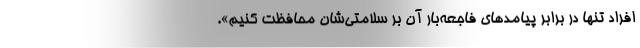
افراد تنها در برابر پیامدهای فاجعه‌بار آن بر سلامتی‌شان محافظت کنیم».